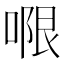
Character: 𭉑